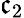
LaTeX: \mathfrak{c}_{2}